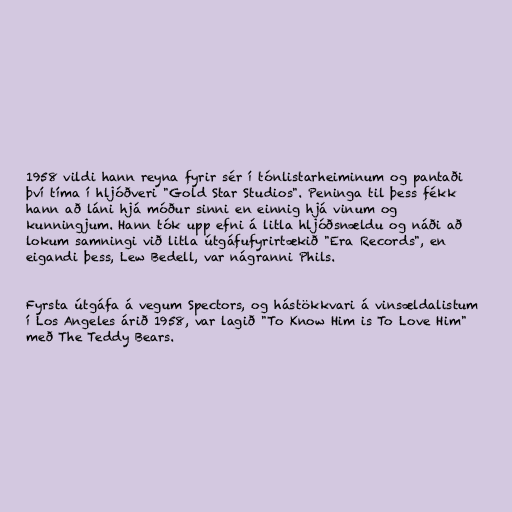
1958 vildi hann reyna fyrir sér í tónlistarheiminum og pantaði
því tíma í hljóðveri "Gold Star Studios". Peninga til þess fékk
hann að láni hjá móður sinni en einnig hjá vinum og
kunningjum. Hann tók upp efni á litla hljóðsnældu og náði að
lokum samningi við litla útgáfufyrirtækið "Era Records", en
eigandi þess, Lew Bedell, var nágranni Phils.

Fyrsta útgáfa á vegum Spectors, og hástökkvari á vinsældalistum
í Los Angeles árið 1958, var lagið "To Know Him is To Love Him"
með The Teddy Bears.